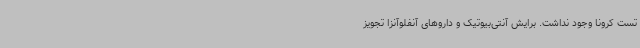
تست کرونا وجود نداشت. برایش آنتی‌بیوتیک و داروهای آنفلوآنزا تجویز